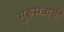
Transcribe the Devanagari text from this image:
गुरुमंत्राची